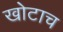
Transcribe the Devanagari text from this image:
खोटाच